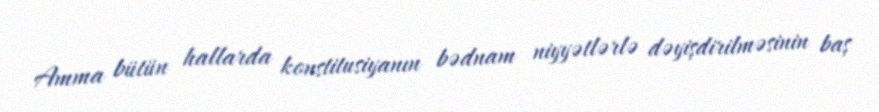
Amma bütün hallarda konstitusiyanın bədnam niyyətlərlə dəyişdirilməsinin baş